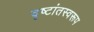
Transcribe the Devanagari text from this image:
दृष्टांतस्वरूप